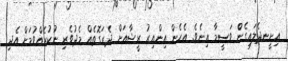
އިށީނދެލައިގެންް ވަސީމާ އިނެވެ. އެހެން އިންއިރު ރީޝާއަށް ދެރަގޮތެއް މެދުވެރި ނުކުރެއްވުމަށް އެދި